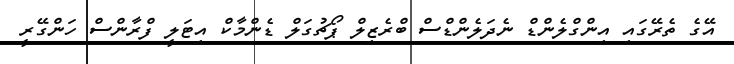
އޭގެ ތެރޭގައި އިންގްލެންޑް ނެދަލެންޑްސް ބްރެޒިލް ޕޯޗުގަލް ޑެންމާކް އިޓަލީ ފްރާންސް ހަންގޭރީ